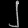
Digit: ၂